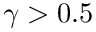
\gamma > 0 . 5